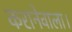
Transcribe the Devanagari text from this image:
करानेवाला।